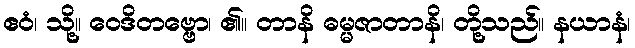
ဧဝံ၊ သို့။ ဝေဒိတဗ္ဗော၊ ၏။ တာနိ ဓမ္မဇာတာနိ၊ တို့သည်။ နယာနံ၊